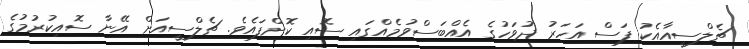
ޗެލްސީއާއެކު ފަސް އަހަރު ދުވަހުގެ އެއްބަސްވުމެއްގައި ސޮއި ކޮށްފައެވެ. ޗެލްސީއަށް އޭނާ ސޮއިކުރުމުގެ